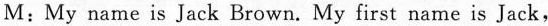
M : My name is Jack Brown. My first name is Jack,